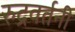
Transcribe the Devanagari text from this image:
रुद्रवर्तनी